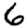
Digit: 6